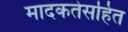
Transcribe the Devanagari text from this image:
मादकतेसहित